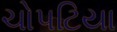
ચોપટિયા